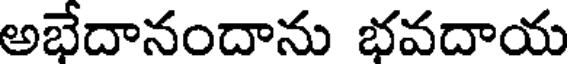
అభేదానందాను భవదాయ